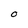
Character: 0